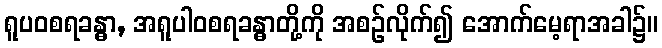
ရူပဝစရခန္ဓာ, အရူပါဝစရခန္ဓာတို့ကို အစဉ်လိုက်၍ အောက်မေ့ရာအခါ၌။